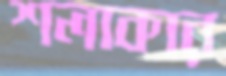
শলাকার